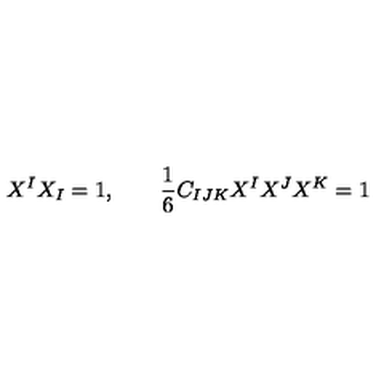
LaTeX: X ^ { I } X _ { I } = 1 , \qquad { \frac { 1 } { 6 } } C _ { I J K } X ^ { I } X ^ { J } X ^ { K } = 1